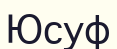
Юсуф